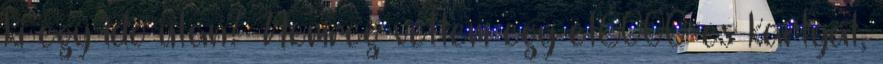
ki egy ido utan? Nemreg vettem egy et6000-es kartyat,